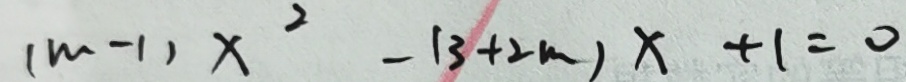
( m - 1 ) x ^ { 2 } - ( 3 + 2 m ) x + 1 = 0